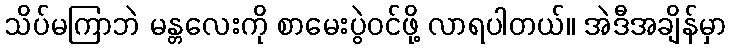
သိပ်မကြာဘဲ မန္တလေးကို စာမေးပွဲဝင်ဖို့ လာရပါတယ်။ အဲဒီအချိန်မှာ